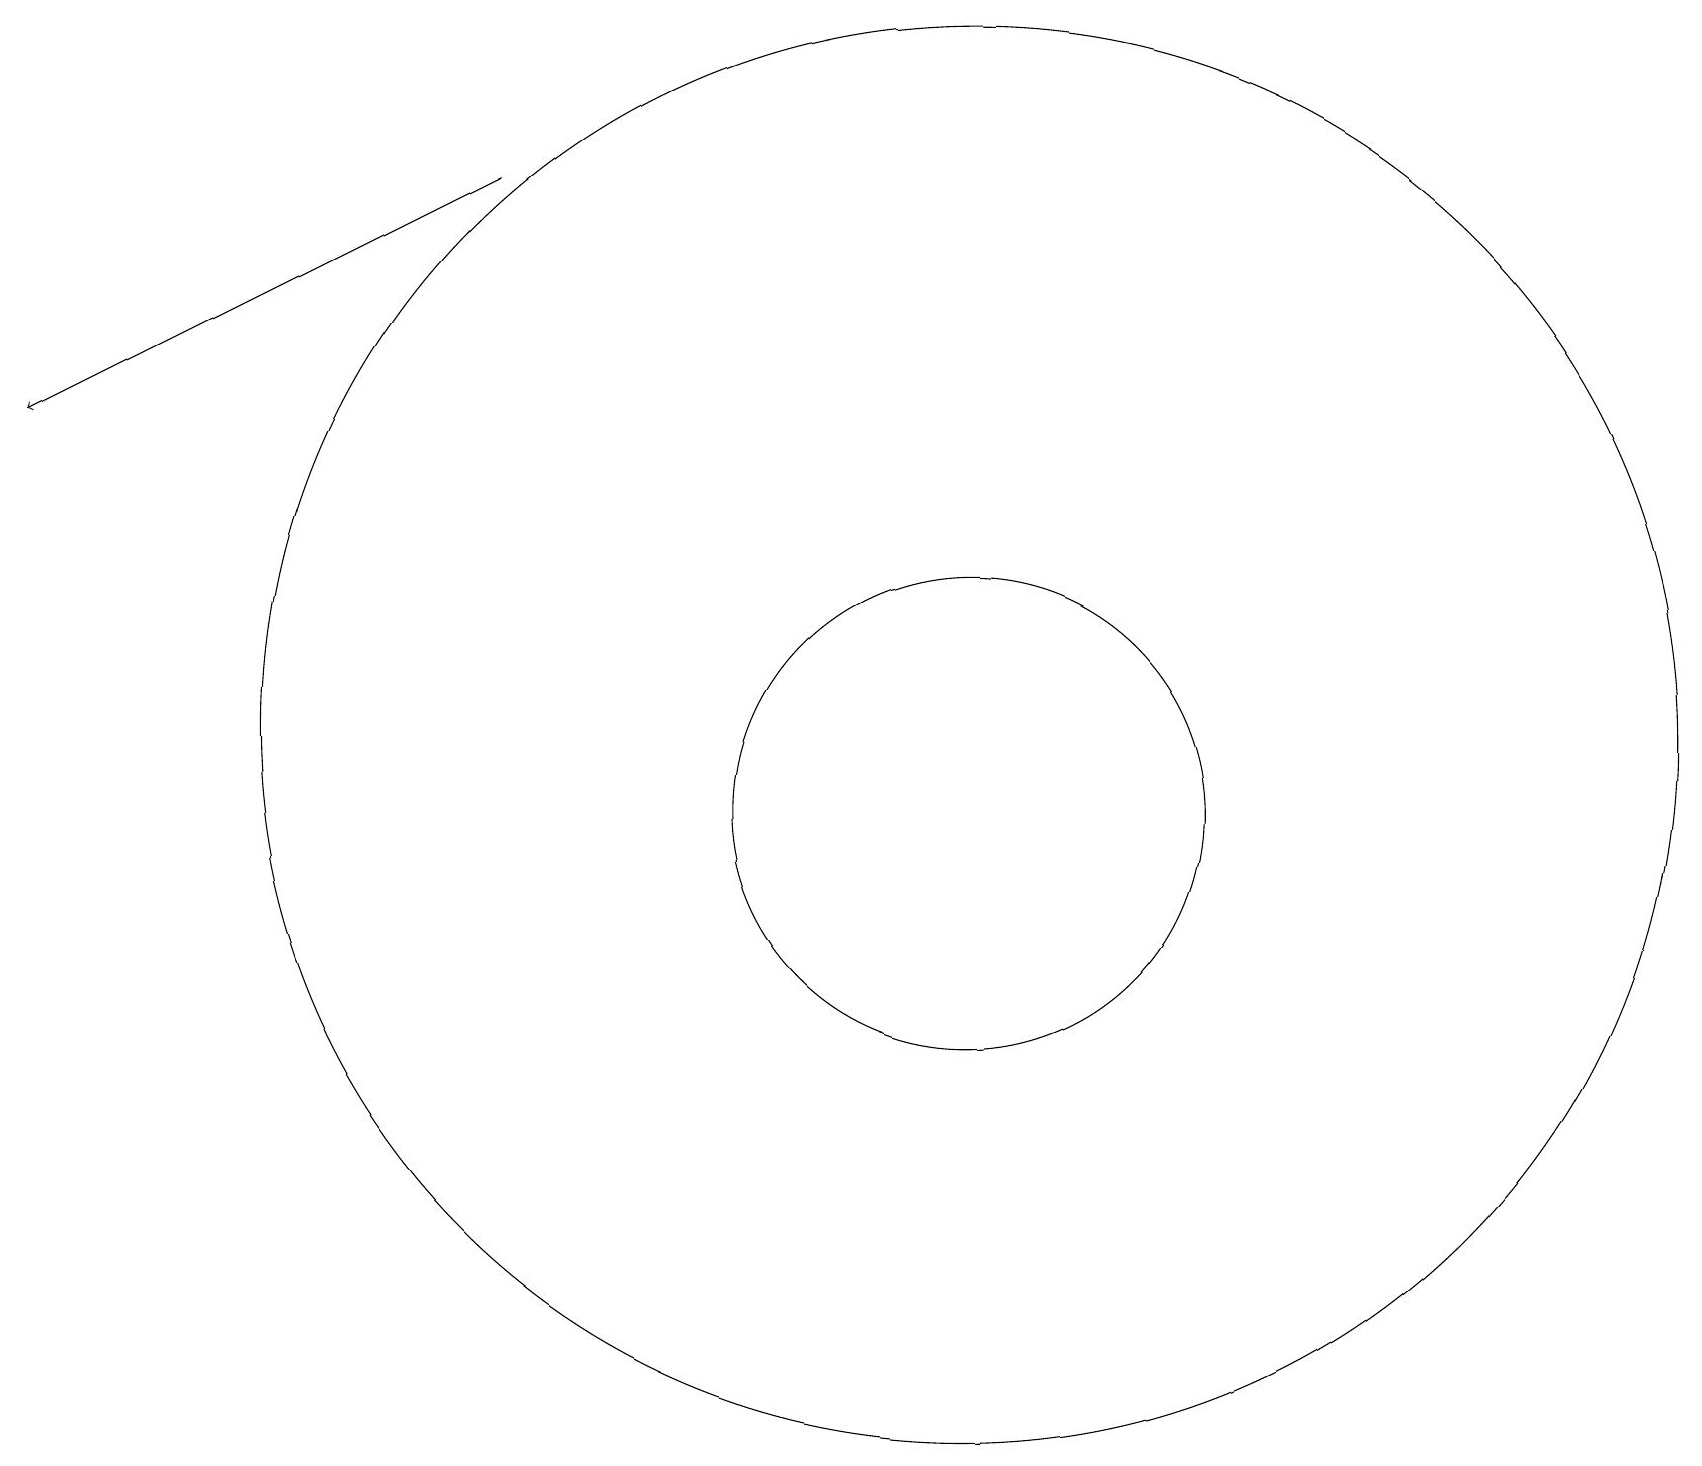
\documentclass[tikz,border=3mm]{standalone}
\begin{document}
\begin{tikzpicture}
\draw[->] (6,19) -- (0,16);
\draw (12,12) circle (9);
\draw (12,11) circle (3);
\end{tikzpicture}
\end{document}